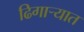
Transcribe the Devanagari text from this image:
ढिगाऱ्यात